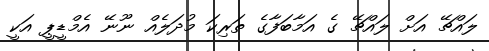
ލައްޗޭ އަށް ލައްޗޭ ގެ އަމާބަފާގެ ތަރިކަ މުދަލެއް ނޫނޭ އެމްޑީޕީ އަކީ